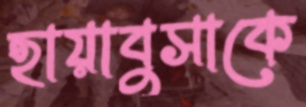
হায়াবুসাকে